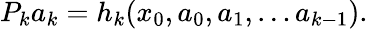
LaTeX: P_{k}a_{k}=h_{k}(x_{0},a_{0},a_{1},\dots a_{k-1}).